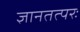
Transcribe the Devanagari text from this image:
ज्ञानतत्परः